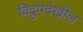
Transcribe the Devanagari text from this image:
विद्रुपदेखील